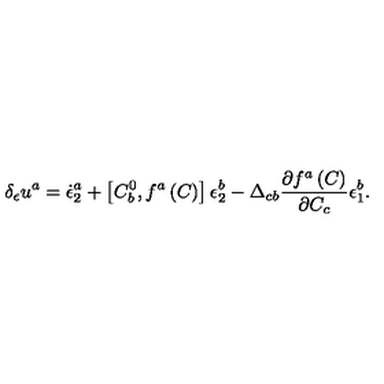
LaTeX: \delta _ { \epsilon } u ^ { a } = \dot { \epsilon } _ { 2 } ^ { a } + \left[ C _ { b } ^ { 0 } , f ^ { a } \left( C \right) \right] \epsilon _ { 2 } ^ { b } - \Delta _ { c b } \frac { \partial f ^ { a } \left( C \right) } { \partial C _ { c } } \epsilon _ { 1 } ^ { b } .